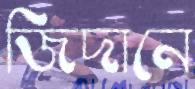
জিদানে